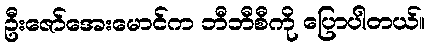
ဦးဇော်အေးမောင်က ဘီဘီစီကို ပြောပါတယ်။